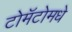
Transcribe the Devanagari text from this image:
टोमॅटोमधे